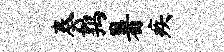
奏鹑暑疾